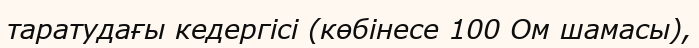
таратудағы кедергісі (көбінесе 100 Ом шамасы),